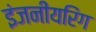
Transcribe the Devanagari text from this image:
इंजनीयरिंग